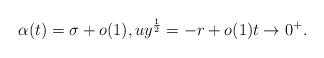
LaTeX: \begin{align*}{}\alpha(t)=\sigma+o(1), uy^{\frac{1}{2}}=-r+o(1) t\rightarrow 0^{+}.\end{align*}